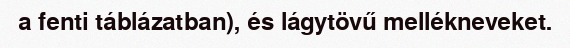
a fenti táblázatban), és lágytövű mellékneveket.